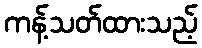
ကန့်သတ်ထားသည့်